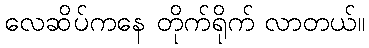
လေဆိပ်ကနေ တိုက်ရိုက် လာတယ်။